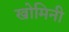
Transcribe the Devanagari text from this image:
खोमिनी